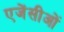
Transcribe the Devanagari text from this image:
एजेंसीओं